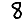
Digit: 8